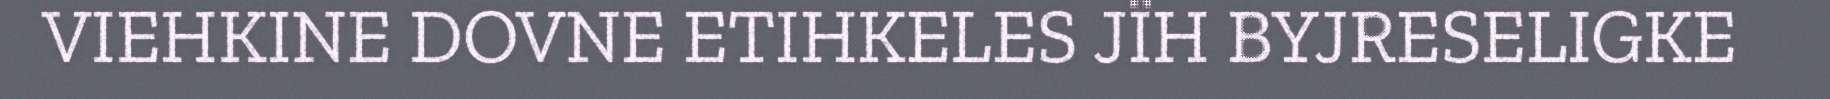
VIEHKINE DOVNE ETIHKELES JÏH BYJRESELIGKE